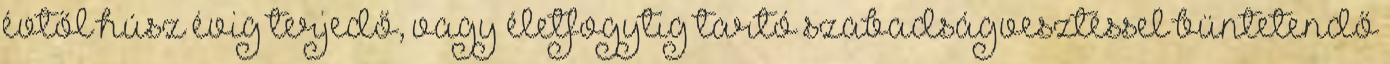
évtől húsz évig terjedő, vagy életfogytig tartó szabadságvesztéssel büntetendő